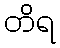
တိရ